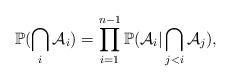
LaTeX: \begin{align*}\mathbb{P}(\bigcap_i \mathcal{A}_i) = \prod_{i = 1}^{n-1} \mathbb{P}(\mathcal{A}_{i} | \bigcap_{j < i} \mathcal{A}_j), \end{align*}